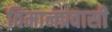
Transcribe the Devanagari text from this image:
विमानप्रवासी